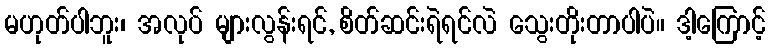
မဟုတ်ပါဘူး၊ အလုပ် များလွန်းရင်, စိတ်ဆင်းရဲရင်လဲ သွေးတိုးတာပါပဲ။ ဒါ့ကြောင့်